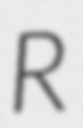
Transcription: R